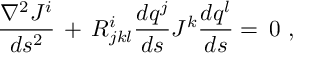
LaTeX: \frac { \nabla ^ { 2 } J ^ { i } } { d s ^ { 2 } } \, + \, R _ { j k l } ^ { i } \frac { d q ^ { j } } { d s } J ^ { k } \frac { d q ^ { l } } { d s } = \, 0 ~ ,